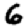
Digit: 6